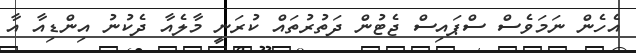
އެހެން ނަމަވެސް ސްޕައިސް ޖެޓުން ދަތުރުތައް ކުރަނީ މާލެއާ ދެކުނު އިންޑިއާ އާ